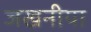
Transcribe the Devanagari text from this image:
जखनीया